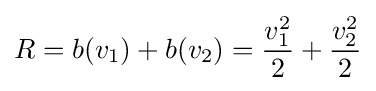
R=b(v_{1})+b(v_{2})={\frac {v_{1}^{2}}{2}}+{\frac {v_{2}^{2}}{2}}